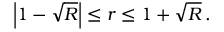
\left| 1 - \sqrt { R } \right| \leq r \leq 1 + \sqrt { R } \, .